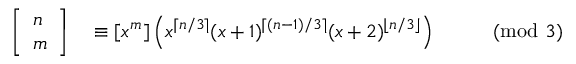
\begin{array} { r l r l } { \left[ { \begin{array} { l } { n } \\ { m } \end{array} } \right] } & { { } \equiv [ x ^ { m } ] \left( x ^ { \lceil n / 3 \rceil } ( x + 1 ) ^ { \lceil ( n - 1 ) / 3 \rceil } ( x + 2 ) ^ { \lfloor n / 3 \rfloor } \right) } & { } & { { } { \pmod { 3 } } } \end{array}